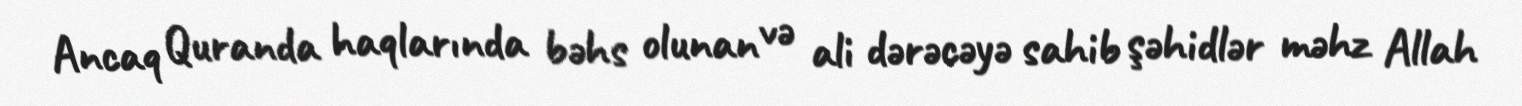
Ancaq Quranda haqlarında bəhs olunan və ali dərəcəyə sahib şəhidlər məhz Allah